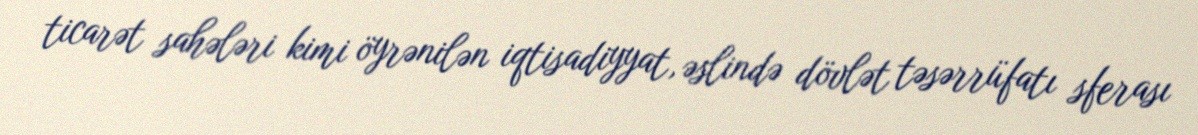
ticarət sahələri kimi öyrənilən iqtisadiyyat, əslində dövlət təsərrüfatı sferası